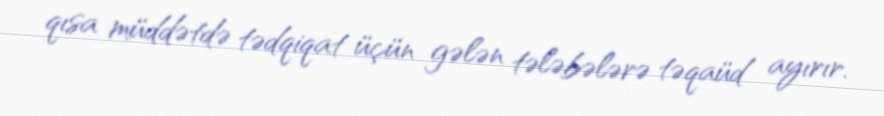
qısa müddətdə tədqiqat üçün gələn tələbələrə təqaüd ayırır.